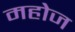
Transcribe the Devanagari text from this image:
महोज